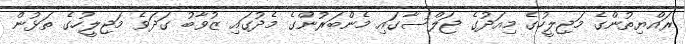
ރައްޔިތުންގެ މަޖިލީހުގެ މިއަދުގެ ޖަލްސާގައި މެންބަރުންގެ މެދުގައި ޒުވާބު ގަދަވެ މަޖިލީހުގެ ތަޅުން